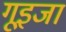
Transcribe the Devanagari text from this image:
गूइजा